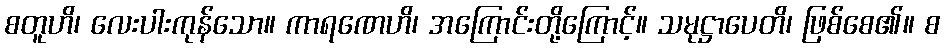
စတူဟိ၊ လေးပါးကုန်သော။ ကာရဏေဟိ၊ အကြောင်းတို့ကြောင့်။ သမုဋ္ဌာပေတိ၊ ဖြစ်စေ၏။ စ